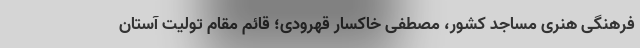
فرهنگی هنری مساجد کشور، مصطفی خاکسار قهرودی؛ قائم مقام تولیت آستان